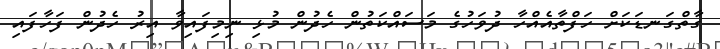
ގާތްގަނޑަކަށް ހަފްތާއެއްހާ ދުވަހުގެ މަސައްކަތުން ހެދުން މުޅި ނިމިފައިވާ އިރު ހެދުން ފަހާފައި